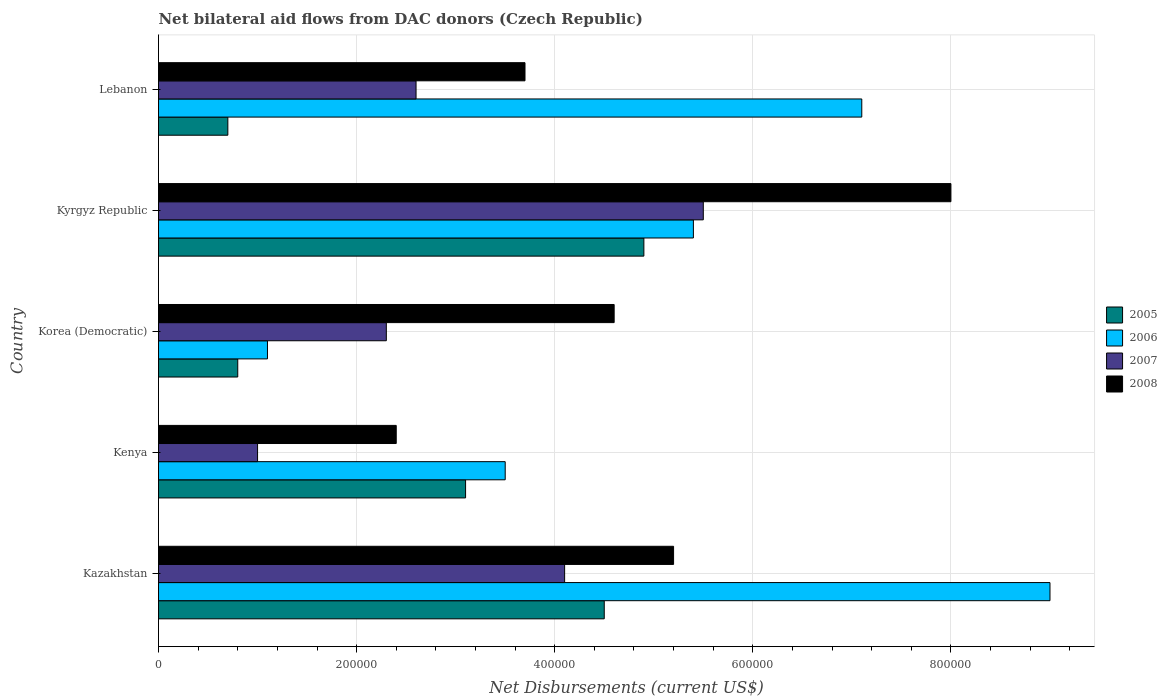
| Country | 2005 | 2006 | 2007 | 2008 |
 | --- | --- | --- | --- | --- |
 | Kazakhstan | 4.5e+05 | 9e+05 | 4.1e+05 | 5.2e+05 |
 | Kenya | 3.1e+05 | 3.5e+05 | 1e+05 | 2.4e+05 |
 | Korea (Democratic) | 8e+04 | 1.1e+05 | 2.3e+05 | 4.6e+05 |
 | Kyrgyz Republic | 4.9e+05 | 5.4e+05 | 5.5e+05 | 8e+05 |
 | Lebanon | 7e+04 | 7.1e+05 | 2.6e+05 | 3.7e+05 |